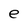
Character: e